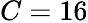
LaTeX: C=16